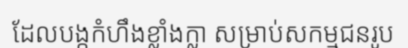
ដែលបង្កកំហឹងខ្លាំងក្លា សម្រាប់សកម្មជនរូប